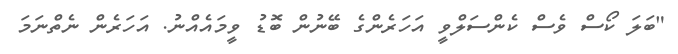
"ބަލަ ކޯސް ވެސް ކެންސަލްވީ އަހަރެންގެ ބޭނުން ބޮޑު ވީމައެއްނު. އަހަރެން ނެތްނަމަ